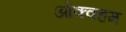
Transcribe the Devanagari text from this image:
ओक्क्हम